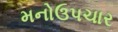
મનોઉપચાર